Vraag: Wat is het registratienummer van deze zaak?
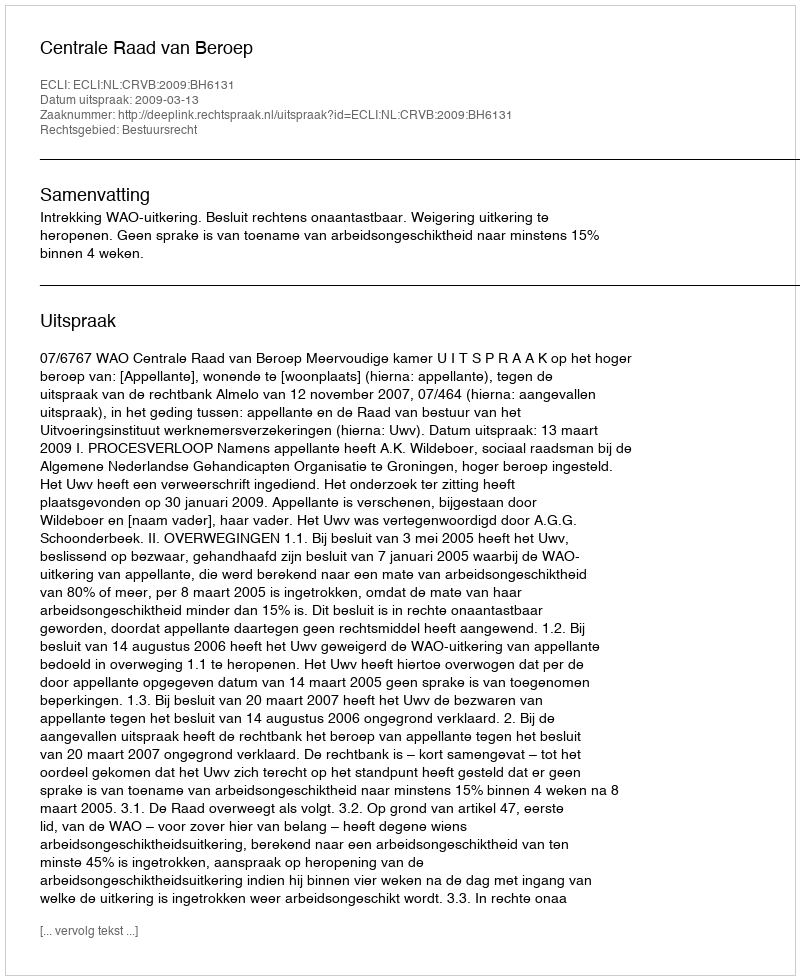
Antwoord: http://deeplink.rechtspraak.nl/uitspraak?id=ECLI:NL:CRVB:2009:BH6131